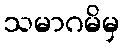
သမာဂမိမှ